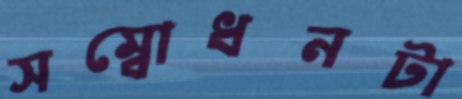
সম্বোধনটা